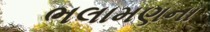
ભલામણના